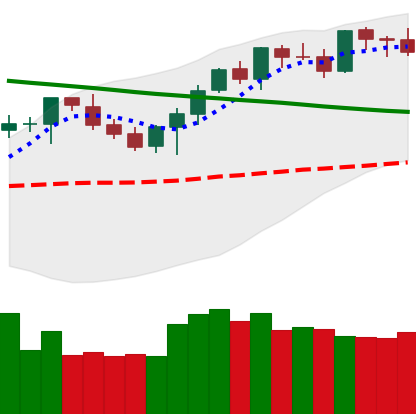
Ticker: BTC-USD
Chart end date: 2021-08-16
Forward return: 6.306%
Label: up_5_7